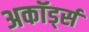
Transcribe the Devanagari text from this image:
अकॉर्ड्स